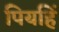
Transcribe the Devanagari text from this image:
पियहिं